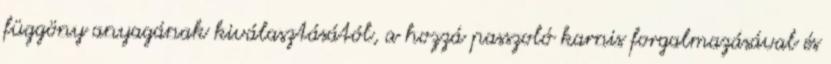
függöny anyagának kiválasztásától, a hozzá passzoló karnis forgalmazásával és